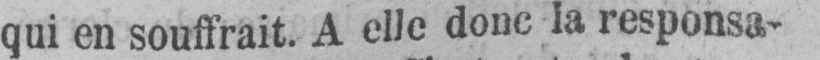
qui en souffrait. A elle donc la responsa-